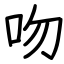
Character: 吻